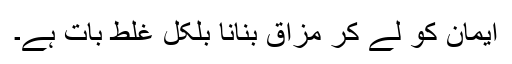
ایمان کو لے کر مزاق بنانا بلکل غلط بات ہے۔